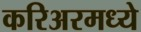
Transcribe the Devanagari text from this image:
करिअरमध्ये